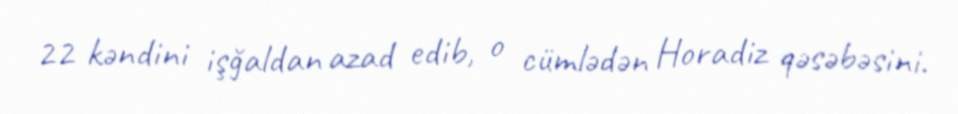
22 kəndini işğaldan azad edib, o cümlədən Horadiz qəsəbəsini.